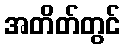
အတိတ်တွင်